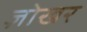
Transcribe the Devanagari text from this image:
ज़ोखर